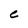
Character: C